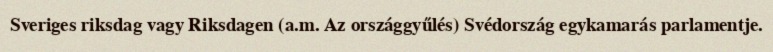
Sveriges riksdag vagy Riksdagen (a.m. Az országgyűlés) Svédország egykamarás parlamentje.